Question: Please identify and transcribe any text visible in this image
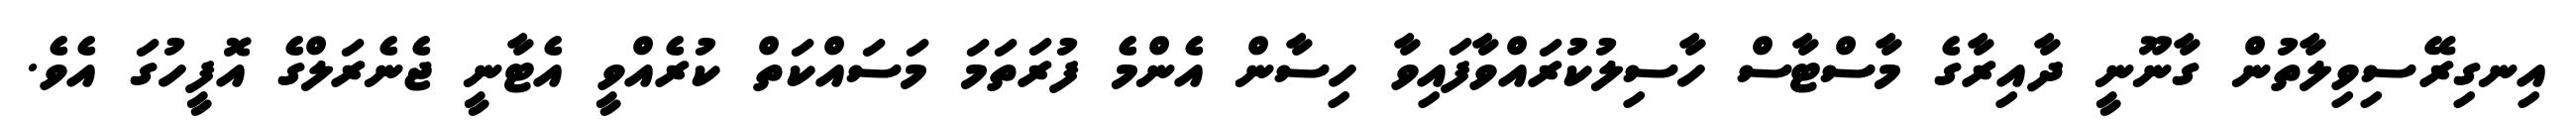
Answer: އިނގިރޭސިވިލާތުން ގާނޫނީ ދާއިރާގެ މާސްޓާސް ހާސިލުކުރައްވާފައިވާ ހިސާން އެންމެ ފުރަތަމަ މަސައްކަތް ކުރެއްވީ އެޓާނީ ޖެނެރަލްގެ އޮފީހުގަ އެވެ.